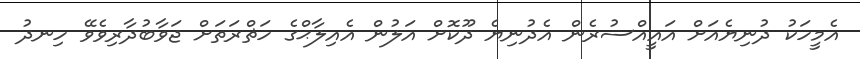
އެމީހަކު ދުނިޔެއަށް އައީއްސުރެން އެދުނިޔެ ދޫކޮށް އަލުން އެއިލާޙްގެ ހަޡްރަތަށް ޖަވާބުދާރިވެވޭ ހިނދު